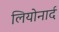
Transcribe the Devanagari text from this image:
लियोनार्द